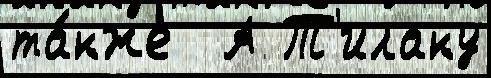
та́кже  А Т'илаку